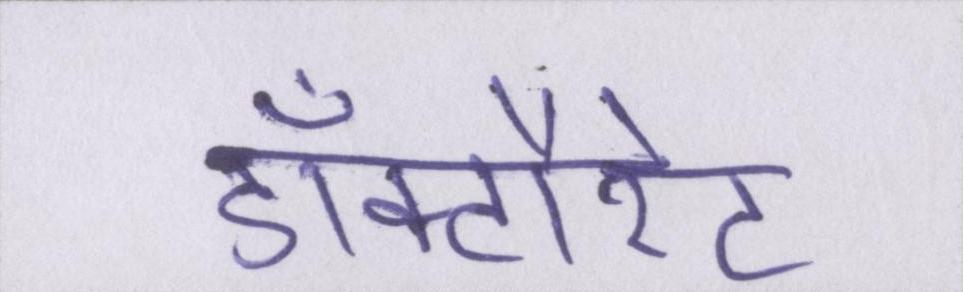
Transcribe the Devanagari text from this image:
डॉक्टौरेट